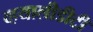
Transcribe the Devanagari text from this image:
व्हयालीडीटी